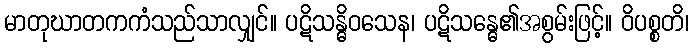
မာတုဃာတကကံသည်သာလျှင်။ ပဋိသန္ဓိဝသေန၊ ပဋိသန္ဓေ၏အစွမ်းဖြင့်။ ဝိပစ္စတိ၊